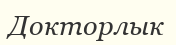
Докторлык